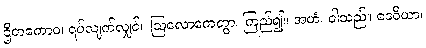
ဌိတကောဝ၊ ရပ်လျက်လျှင်။ ဩလောကေတွာ၊ ကြည်၍။ အဟံ၊ ငါသည်။ ဒေဝိယာ၊